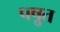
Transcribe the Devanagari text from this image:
पष़ुत